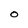
Character: O